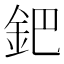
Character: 鈀